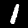
Digit: 1